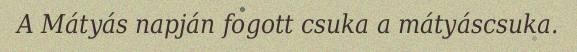
A Mátyás napján fogott csuka a mátyáscsuka.